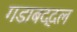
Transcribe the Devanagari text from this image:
गडाबद्दल